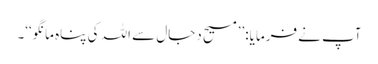
آپ نے فرمایا:’’مسیح دجال سے اللہ کی پناہ مانگو‘‘۔